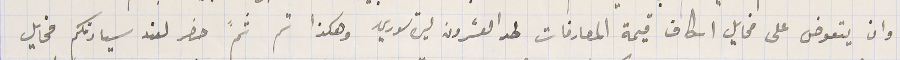
وان يتعوض على مخايل اسكاف قيمة المصارفات لحد العشرون ليرة سوري وهكذا تم ثمَّ حضر لعند سيادتكم مخايل